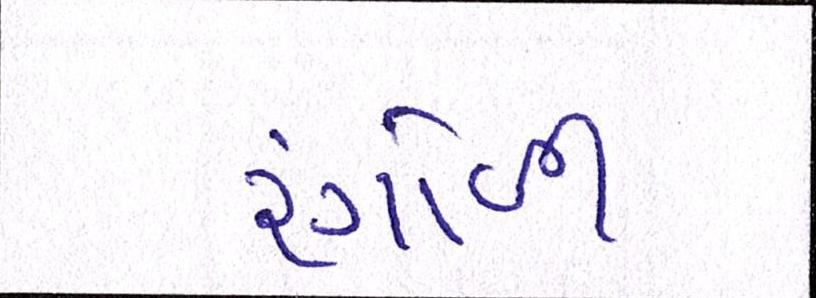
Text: રંગોળી